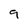
Character: 9